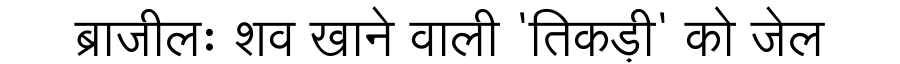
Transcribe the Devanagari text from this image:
ब्राजीलः शव खाने वाली 'तिकड़ी' को जेल